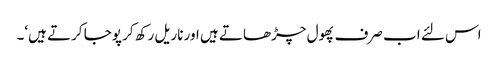
اس لئے اب صرف پھول چڑھاتے ہیں اور ناریل رکھ کر پوجا کرتے ہیں‘۔